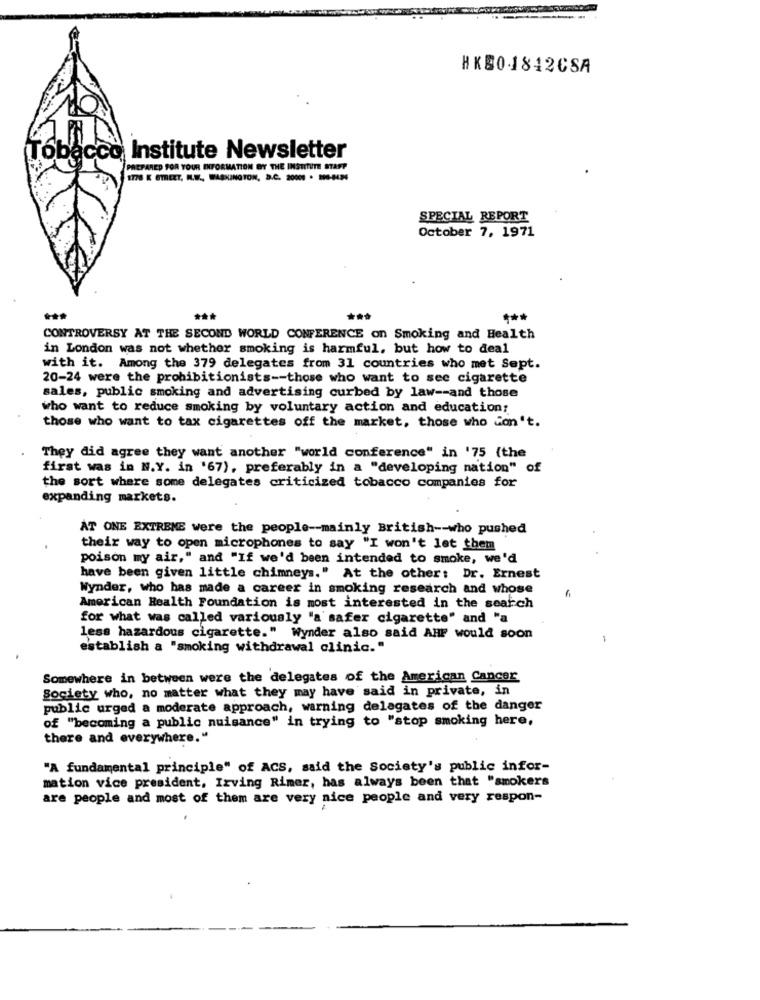
HKB01842CSA
Tobacco Institute Newsletter
PREPARED FOR YOUR INFORMATION BY THE INSTITUTE STAPP
1778 K STREET, H.W ., WASHINGTON, D.C. 2000 - ----- 34
SPECIAL REPORT
October 7, 1971
CONTROVERSY AT THE SECOND WORLD CONFERENCE on Smoking and Health
in London was not whether smoking is harmful, but how to deal
with it. Among the 379 delegates from 31 countries who met Sept.
20-24 were the prohibitionists -- those who want to see cigarette
sales, public smoking and advertising curbed by law -- and those
who want to reduce smoking by voluntary action and education:
those who want to tax cigarettes off the market, those who don't.
They did agree they want another "world conference" in '75 (the
first was in N.Y. in '67), preferably in a "developing nation" of
the sort where some delegates criticized tobacco companies for
expanding markets.
AT ONE EXTREME were the people -- mainly British -- who pushed
their way to open microphones to say "I won't let them
poison my air," and "If we'd been intended to smoke, we'd
have been given little chimneys." At the other: Dr. Ernest
Wynder, who has made a career in smoking research and whose
American Health Foundation is most interested in the search
for what was called variously "a safer cigarette" and "a
less hazardous cigarette." Wynder also said AHF would soon
establish a "smoking withdrawal clinic."
Somewhere in between were the delegates of the American Cancer
Society who, no matter what they may have said in private, in
public urged a moderate approach, warning delagates of the danger
of "becoming a public nuisance" in trying to "stop smoking here,
there and everywhere."
"A fundamental principle" of ACS, said the Society's public infor-
mation vice president, Irving Rimer, has always been that "smokers
are people and most of them are very nice people and very respon-